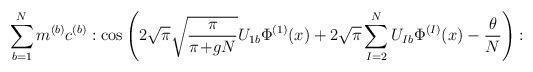
LaTeX: \begin{align*}\sum_{b=1}^N m^{(b)} c^{(b)}: \cos \left(2 \sqrt{\pi} \sqrt{\frac{\pi}{\pi\!+\!gN}} U_{1 b} \Phi^{(1)}(x)+ 2\sqrt{\pi} \sum_{I=2}^N U_{I b} \Phi^{(I)}(x) - \frac{\theta}{N} \right) :\end{align*}